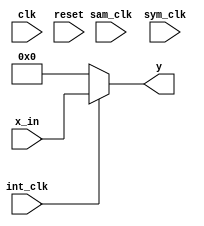
module up_sampler_2_2(
    input clk,
	 input sam_clk,
     input int_clk,
     input sym_clk,
	input reset,
	input signed [17:0] x_in,
	output reg signed [17:0] y   
);

reg sampler;
reg counter;


always @ *
    case(counter)
    1'b0: sampler <= 1;
    default: sampler <= 0;
    endcase

always @ (posedge clk)
begin
    if (reset||int_clk)
        counter <= 1'b0;
    else
        counter = counter + 1'b1;
end

always @ *
if(int_clk)
    y <= x_in;
else
y<=18'sd0;

endmodule